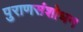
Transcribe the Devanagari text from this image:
पुराणसंशोधन